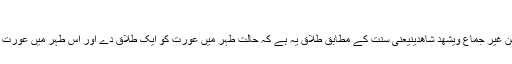
دوگواؤں کی موجودگی میں طلاق دینا:
اما م بخاری رقم طراز ہیں کہ :وَطَلَاقُ السُّنَّةِ أَنْ يُطَلِّقَهَا طَاهِرًا مِنْ غَيْرِ جِمَاعٍ وَيُشْهِدَ شَاهِدَيْنِیعنی سنت کے مطابق طلاق یہ ہے کہ حالت طہر میں عورت کو ایک طلاق دے اور اس طہر میں عورت سے ہم بستری نہ کی ہو نیز اس پر دو گواہ بھی مقرر کر لے۔